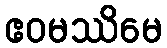
ဧဝမဿိမေ